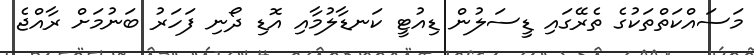
މަސައްކަތްތަކުގެ ތެރޭގައި ޑީސަލުން ޑިއުޓީ ކަނޑާލުމާއި އޮޑި ދޯނި ފަހަރު ބަނުމަށް ރާއްޖެ